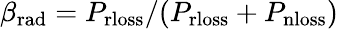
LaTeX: \beta_{\mathrm{rad}}=P_{\mathrm{rloss}}/(P_{\mathrm{rloss}}+P_{\mathrm{nloss}})